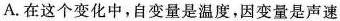
A. 在这个变化中，自变量是温度，因变量是声速